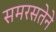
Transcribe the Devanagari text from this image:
समरसतेने